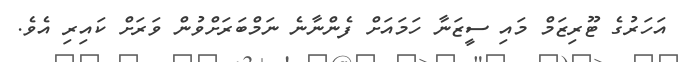
އަހަރުގެ ޓޫރިޒަމް މައި ސީޒަނާ ހަމައަށް ފެންނާނެ ނަމްބަރަށްވުން ވަރަށް ކައިރި އެވެ.